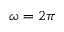
\omega = 2 \pi